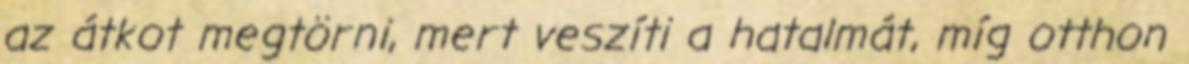
az átkot megtörni, mert veszíti a hatalmát, míg otthon